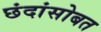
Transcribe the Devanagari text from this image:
छंदांसोबत